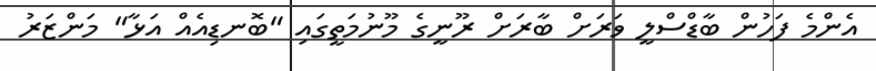
އެންމެ ފަހުން ބާޑްސްލީ ވަރަށް ބާރަށް ރޫނީގެ މޫނުމަތީގައި "ބޮނޑިއެއް އަޅާ" މަންޒަރު